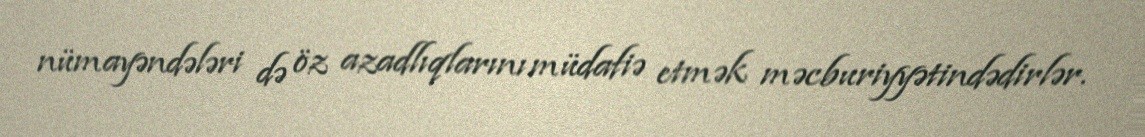
nümayəndələri də öz azadlıqlarını müdafiə etmək məcburiyyətindədirlər.